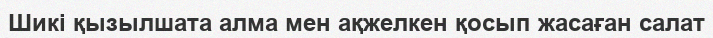
Шикі қызылшата алма мен ақжелкен қосып жасаған салат